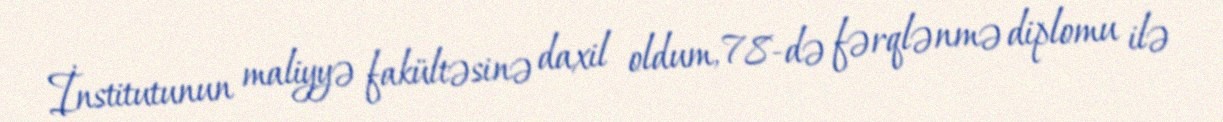
İnstitutunun maliyyə fakültəsinə daxil oldum, 78-də fərqlənmə diplomu ilə